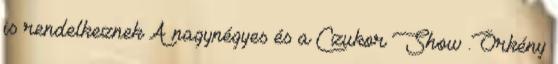
is rendelkeznek A nagynégyes és a Czukor Show .Örkény